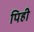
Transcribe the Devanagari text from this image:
पिही